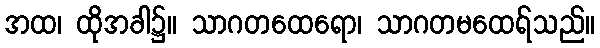
အထ၊ ထိုအခါ၌။ သာဂတထေရော၊ သာဂတမထေရ်သည်။